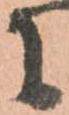
に